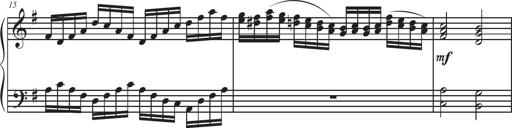
Title: Sonatina Espania
Composer: Jerald Franklin Archer
Key: Various